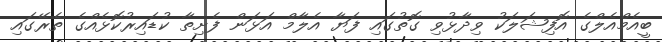
ބީއެމްއެލްގެ އޮފިޝަލަކު ވިދާޅުވި ގޮތުގައި ފަޔާ އެލާމް އަޅަން ފެށިތާ ކުޑައިރުކޮޅެއްގެ ތެރޭގައި